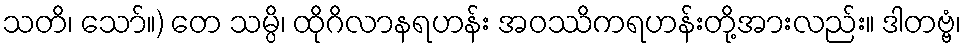
သတိ၊ သော်။) တေ သမ္ပိ၊ ထိုဂိလာနရဟန်း အဝဿိကရဟန်းတို့အားလည်း။ ဒါတဗ္ဗံ၊